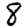
Digit: 8